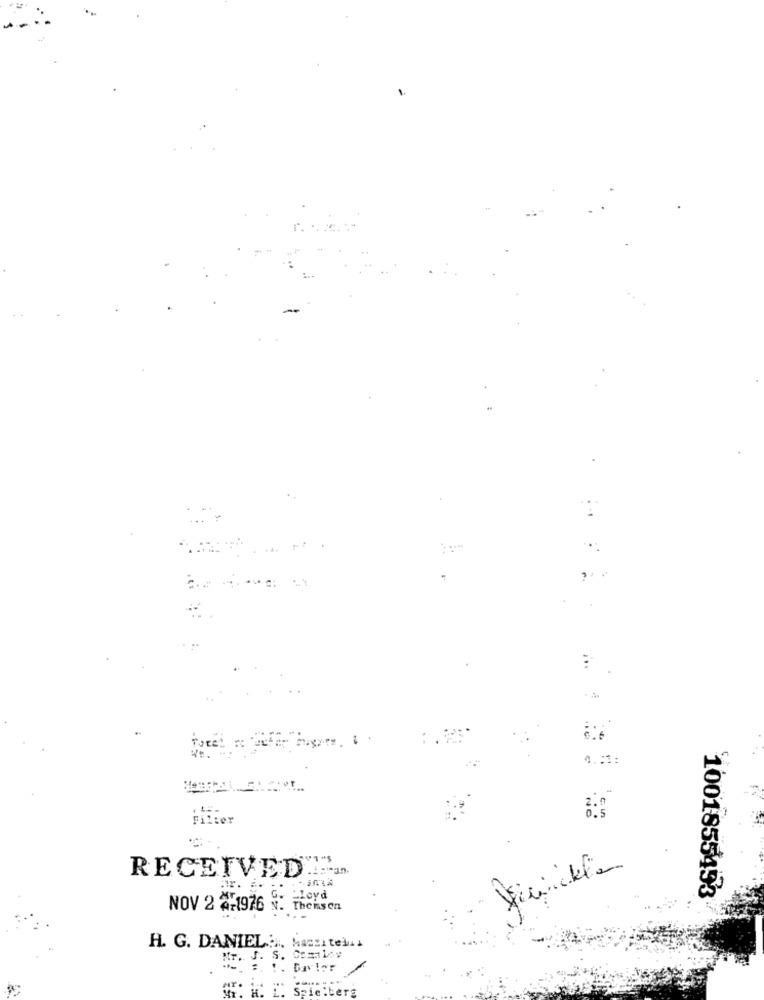
...
4.51:
Filter
RECEIVED
ar.
a:
1001855453
G. Lloyd
NOV 2 4-1976 N. Themsen
H. G. DANIEL :., Maszitell
Mr. J. S. Cozalay
Mr. H. L. Spielberg